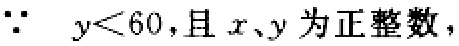
$\because\ y<60,且x、y为正整数,$